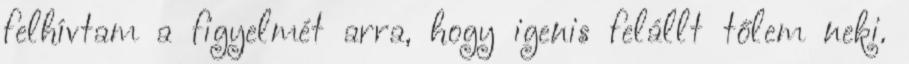
felhívtam a figyelmét arra, hogy igenis felállt tőlem neki.